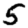
Digit: 5